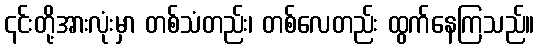
၎င်းတို့အားလုံးမှာ တစ်သံတည်း၊ တစ်လေတည်း ထွက်နေကြသည်။